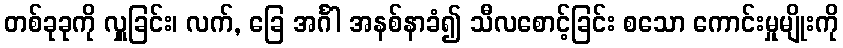
တစ်ခုခုကို လှူခြင်း၊ လက်, ခြေ အင်္ဂါ အနစ်နာခံ၍ သီလစောင့်ခြင်း စသော ကောင်းမှုမျိုးကို